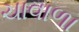
ચાવાળા